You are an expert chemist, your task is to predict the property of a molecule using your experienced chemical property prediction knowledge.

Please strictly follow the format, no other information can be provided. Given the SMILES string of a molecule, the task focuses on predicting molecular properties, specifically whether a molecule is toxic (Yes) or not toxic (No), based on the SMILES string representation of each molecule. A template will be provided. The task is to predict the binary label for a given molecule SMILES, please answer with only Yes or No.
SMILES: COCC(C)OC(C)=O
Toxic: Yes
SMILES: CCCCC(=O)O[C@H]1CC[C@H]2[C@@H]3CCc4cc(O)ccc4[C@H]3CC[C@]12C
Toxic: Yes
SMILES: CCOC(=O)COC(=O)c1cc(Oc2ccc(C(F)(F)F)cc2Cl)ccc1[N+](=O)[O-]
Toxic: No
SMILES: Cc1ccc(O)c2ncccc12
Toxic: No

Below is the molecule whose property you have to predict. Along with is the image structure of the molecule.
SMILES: CCC(C)Nc1ccc(NC(C)CC)cc1
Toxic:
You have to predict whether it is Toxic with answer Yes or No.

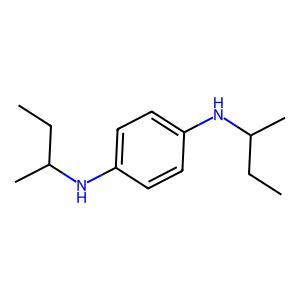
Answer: No